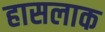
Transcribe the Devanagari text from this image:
हासलाक